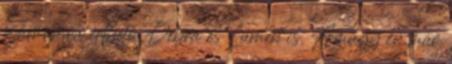
számomra érthető Debra és Lumen is. Amúgy én már